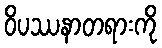
ဝိပဿနာတရားကို